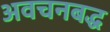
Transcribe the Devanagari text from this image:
अवचनबद्ध